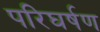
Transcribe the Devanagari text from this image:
परिघर्षण